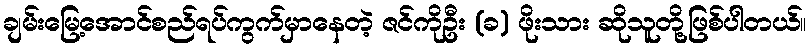
ချမ်းမြေ့အောင်စည်ရပ်ကွက်မှာနေတဲ့ ဇင်ကိုဦး (ခ) ဖိုးသား ဆိုသူတို့ဖြစ်ပါတယ်။